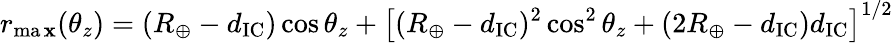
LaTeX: r_{\operatorname*{ma\mathbf{x}}}(\theta_{z})=(R_{\oplus}-d_{\mathrm{{IC}}})\cos\theta_{z}+\left[(R_{\oplus}-d_{\mathrm{{IC}}})^{2}\cos^{2}\theta_{z}+(2R_{\oplus}-d_{\mathrm{{IC}}})d_{\mathrm{{IC}}}\right]^{1/2}